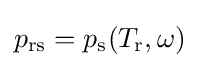
p_{\text{rs}}=p_{\text{s}}(T_{\text{r}},\omega )